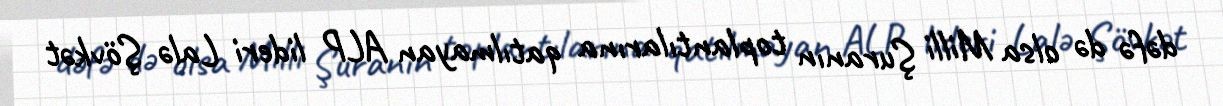
dəfə də olsa Milli Şuranın toplantılarına qatılmayan ALP lideri Lalə Şövkət